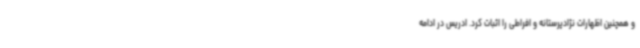
و همچنین اظهارات نژادپرستانه و افراطی را اثبات کرد. ادریس در ادامه